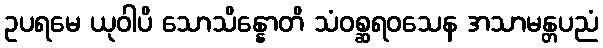
ဥပရမေ ယုဝါပိ သောသိန္နောတိ သံဝစ္ဆရဝသေန အသာမန္တပညံ